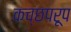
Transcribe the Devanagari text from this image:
कच्छपरूप